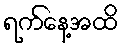
ရက်နေ့အထိ